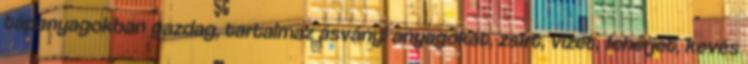
tápanyagokban gazdag, tartalmaz ásványi anyagokat, zsírt, vizet, fehérjét, kevés